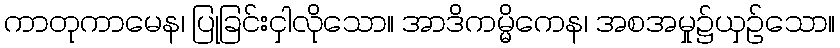
ကာတုကာမေန၊ ပြုခြင်းငှါလိုသော။ အာဒိကမ္မိကေန၊ အစအမှု၌ယှဉ်သော။